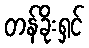
တန်ခိုးရှင်